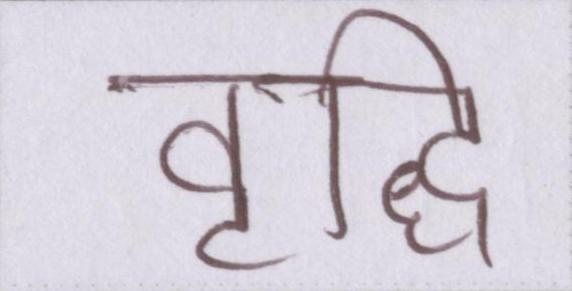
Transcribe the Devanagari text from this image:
वृद्धि